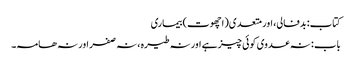
کتاب: بدفالی، اور متعدی(اچھوت) بیماری
باب : نہ عدوی کوئی چیز ہے اور نہ طیرہ ، نہ صفر اور نہ ھامہ۔